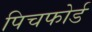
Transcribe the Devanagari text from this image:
पिचफोर्ड